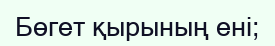
Бөгет қырының ені;